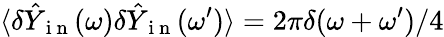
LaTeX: \langle\delta\hat{Y}_{\mathrm{~i~n~}}(\omega)\delta\hat{Y}_{\mathrm{~i~n~}}(\omega^{\prime})\rangle=2\pi\delta(\omega+\omega^{\prime})/4